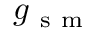
g _ { \mathrm { ~ s ~ m ~ } }